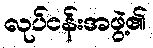
လုပ်ငန်းအဖွဲ့၏